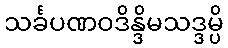
သင်္ခပဏဝဒိန္ဒိမသဒ္ဒမ္ပိ